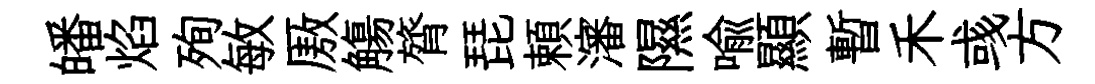
皤焰殉敏厫觴膂琵頼瀋隰喩顯暫禾彧方